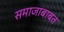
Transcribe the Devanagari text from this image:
समाजाबाबत